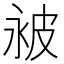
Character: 𬐔